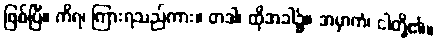
ဖြစ်ပြီ။ ကိရ၊ ကြားရသည်ကား။ တဒါ၊ ထိုအခါ၌။ အမှာကံ၊ ငါတို့၏။